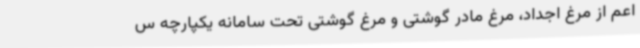
اعم از مرغ اجداد، مرغ مادر گوشتی و مرغ گوشتی تحت سامانه یکپارچه س